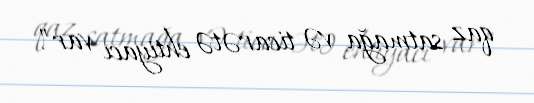
qaz satmağa və ticarətə ehtiyacı var".